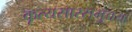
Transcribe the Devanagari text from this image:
कृत्यसारसमुच्चयः